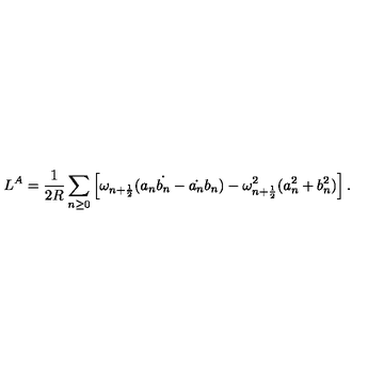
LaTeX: L ^ { A } = \frac { 1 } { 2 R } \sum _ { n \geq 0 } \left[ \omega _ { n + \frac { 1 } { 2 } } ( a _ { n } \dot { b _ { n } } - \dot { a _ { n } } b _ { n } ) - \omega _ { n + \frac { 1 } { 2 } } ^ { 2 } ( a _ { n } ^ { 2 } + b _ { n } ^ { 2 } ) \right] .